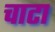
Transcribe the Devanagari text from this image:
चाटा